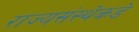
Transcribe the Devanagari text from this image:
राज्यसंस्थेकडे